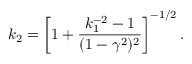
k _ { 2 } = \left[ 1 + \frac { k _ { 1 } ^ { - 2 } - 1 } { ( 1 - \gamma ^ { 2 } ) ^ { 2 } } \right] ^ { - 1 / 2 } .